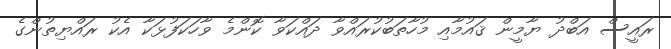
ރައީސް އަބްދު ޔާމީން ޤައުމާއި މުހާތަބުކުރައްވާ ދައްކަވާ ކޮންމެ ވާހަކަފުޅަކާ އެކު ރައްޔިތުންގެ